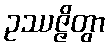
ဥဿဇ္ဇိတွာ